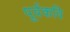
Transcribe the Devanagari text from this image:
पूर्वकवि